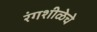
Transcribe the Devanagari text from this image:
रंगशीळेचे